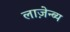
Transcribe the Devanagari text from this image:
लाज़ेन्ब्य